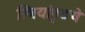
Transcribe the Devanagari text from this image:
स्त्रियांपुढचे